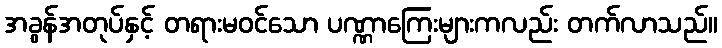
အခွန်အတုပ်နှင့် တရားမဝင်သော ပဏ္ဏာကြေးများကလည်း တက်လာသည်။